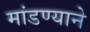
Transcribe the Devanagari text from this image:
मांडण्याने